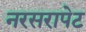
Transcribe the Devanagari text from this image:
नरसरापेट